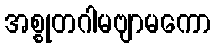
အစ္စုတဂါမဗျာမကော